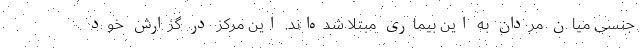
جنسی میان مردان به این بیماری مبتلا شده‌اند. این مرکز در گزارش خود